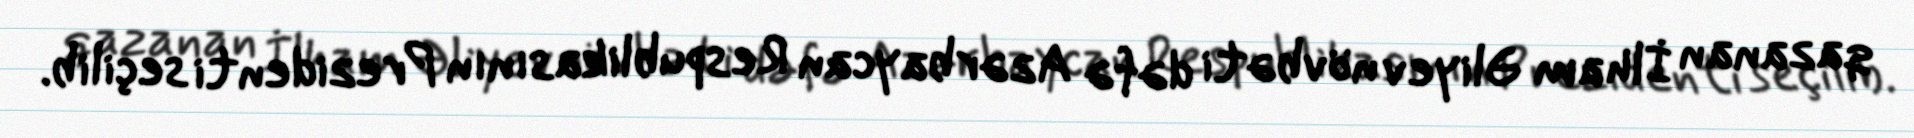
qazanan İlham Əliyev növbəti dəfə Azərbaycan Respublikasının Prezidenti seçilib.